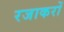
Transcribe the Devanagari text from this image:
रजाकरों